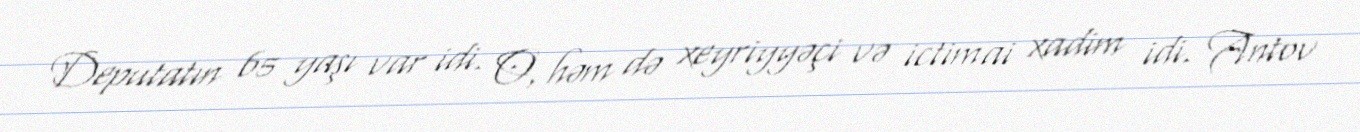
Deputatın 65 yaşı var idi. O, həm də xeyriyyəçi və ictimai xadim idi. Antov